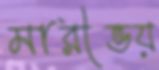
মারীভয়